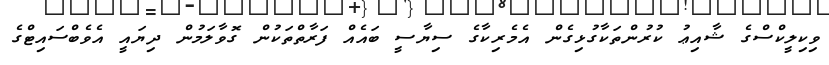
ވިކިލީކްސްގެ ޝާއިޢު ކުރުންތަކާގުޅިގެން އެމެރިކާގެ ސިޔާސީ ބައެއް ފަރާތްތަކުން ގޮވާލަމުން ދިޔައީ އެވެބްސައިޓްގެ